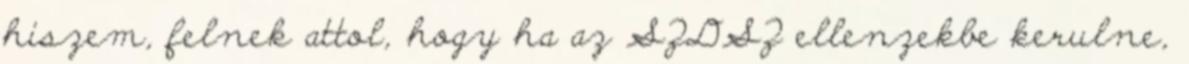
hiszem, felnek attol, hogy ha az SZDSZ ellenzekbe kerulne,